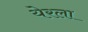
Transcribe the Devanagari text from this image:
येरला